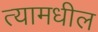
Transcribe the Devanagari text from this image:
त्‍यामधील